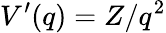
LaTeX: V^{\prime}(q)=Z/q^{2}